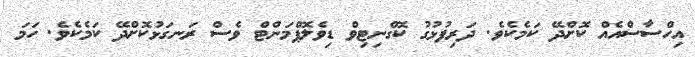
އިހްސާސްއެއް ކޮށްދޭ ކަމެކެވެ. ދަރިފުޅުގު ކޮގްނިޓިވް ޑިވެލޮޕްމަންޓް ވެސް ރަނގަޅުކޮށްދޭ ކަމެކެވެ. ހަމަ